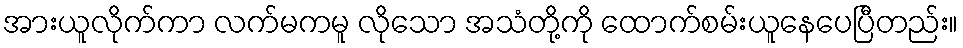
အားယူလိုက်ကာ လက်မကမူ လိုသော အသံတို့ကို ထောက်စမ်းယူနေပေပြီတည်း။